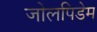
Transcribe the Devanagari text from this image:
जोलपिडेम